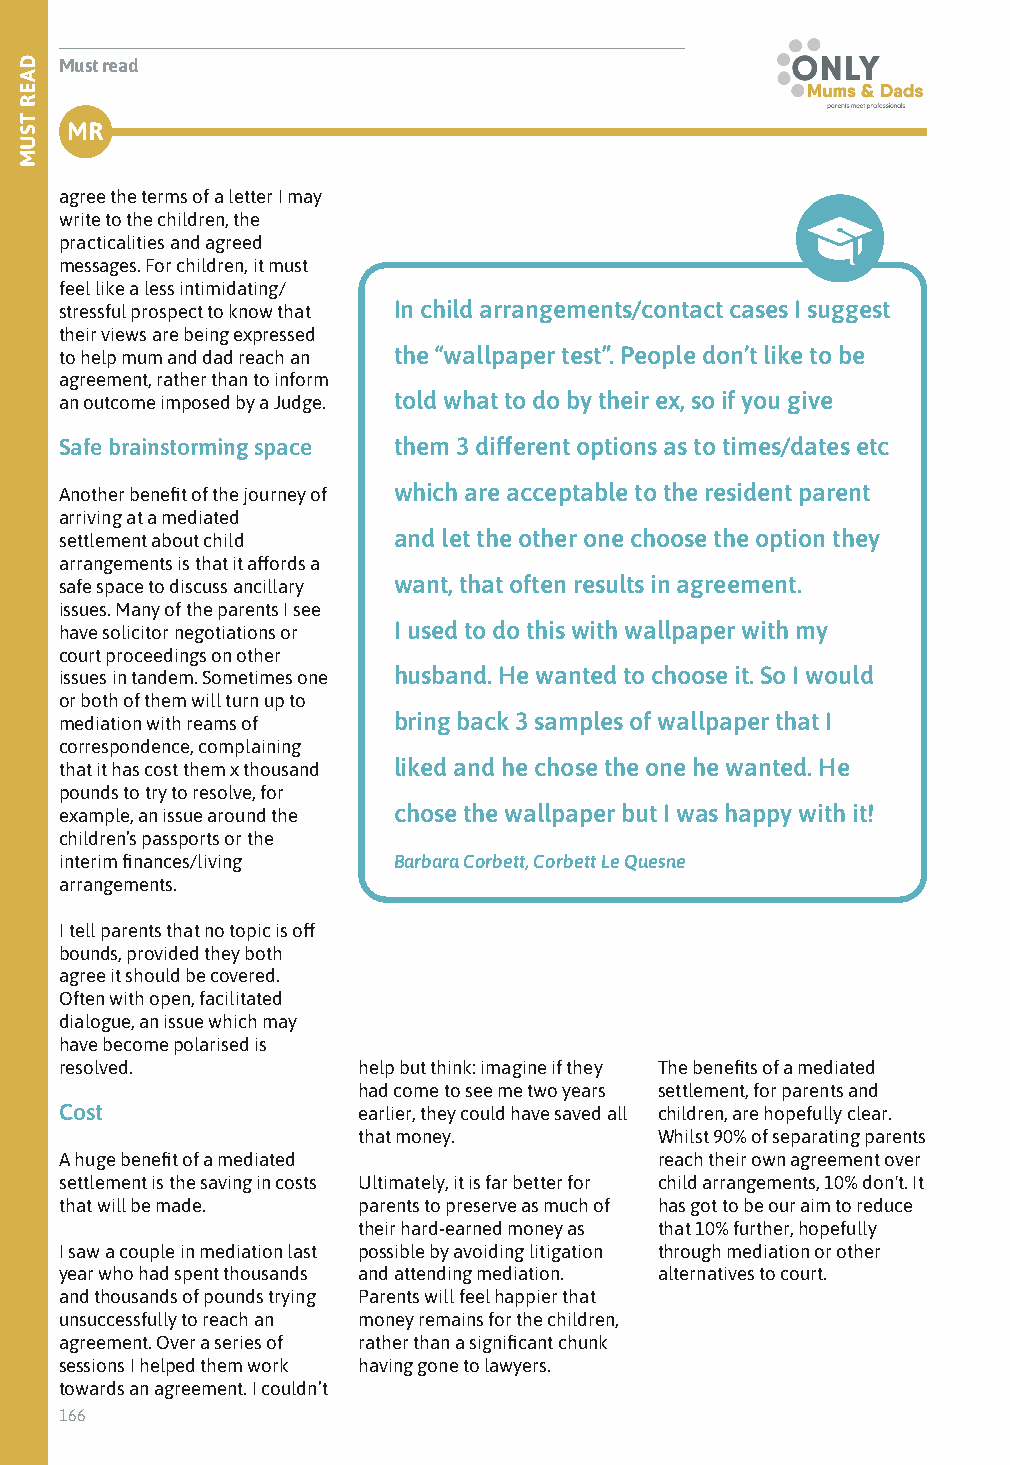
Must read
 MR
 agree the terms of a letter I may
 write to the children, the
 practicalities and agreed
 messages. For children, it must
 feel like a less intimidating/
 stressful prospect to know that In child arrangements/contact cases I suggest
 their views are being expressed
 to help mum and dad reach an the “wallpaper test”. People don’t like to be
 agreement, rather than to inform
 an outcome imposed by a Judge. told what to do by their ex, so if you give
 Safe brainstorming space them 3 different options as to times/dates etc
 Another benefit of the journey of which are acceptable to the resident parent
 arriving at a mediated
 settlement about child and let the other one choose the option they
 arrangements is that it affords a
 safe space to discuss ancillary want, that often results in agreement.
 issues. Many of the parents I see
 have solicitor negotiations or I used to do this with wallpaper with my
 court proceedings on other
 issues in tandem. Sometimes one husband. He wanted to choose it. So I would
 or both of them will turn up to
 mediation with reams of bring back 3 samples of wallpaper that I
 correspondence, complaining
 that it has cost them x thousand liked and he chose the one he wanted. He
 pounds to try to resolve, for
 example, an issue around the chose the wallpaper but I was happy with it!
 children’s passports or the
 interim finances/living Barbara Corbett, Corbett Le Quesne
 arrangements.
 I tell parents that no topic is off
 bounds, provided they both
 agree it should be covered.
 Often with open, facilitated
 dialogue, an issue which may
 have become polarised is
 resolved.           help but think: imagine if they The benefits of a mediated
 had come to see me two years settlement, for parents and
 Cost                earlier, they could have saved all children, are hopefully clear.
 that money.         Whilst 90% of separating parents
 A huge benefit of a mediated            reach their own agreement over
 settlement is the saving in costs Ultimately, it is far better for child arrangements, 10% don't. It
 that will be made.  parents to preserve as much of has got to be our aim to reduce
 their hard-earned money as that 10% further, hopefully
 I saw a couple in mediation last possible by avoiding litigation through mediation or other
 year who had spent thousands and attending mediation. alternatives to court.
 and thousands of pounds trying Parents will feel happier that
 unsuccessfully to reach an money remains for the children,
 agreement. Over a series of rather than a significant chunk
 sessions I helped them work having gone to lawyers.
 towards an agreement. I couldn’t
 166
 DAER
 TSUM